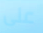
على